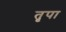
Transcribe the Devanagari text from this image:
तृपा